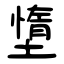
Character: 墯